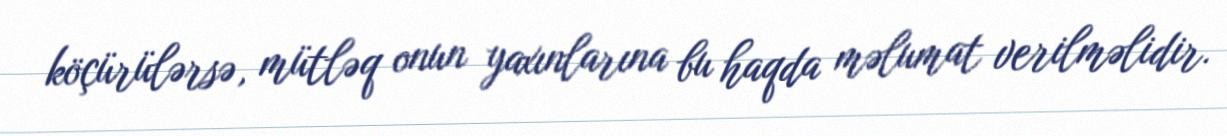
köçürülərsə, mütləq onun yaxınlarına bu haqda məlumat verilməlidir.